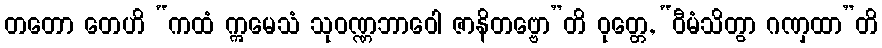
တတော တေဟိ “ကထံ ဣမေသံ သုဝဏ္ဏဘာဝေါ ဇာနိတဗ္ဗော”တိ ဝုတ္တေ, “ဝီမံသိတွာ ဂဏှထာ”တိ